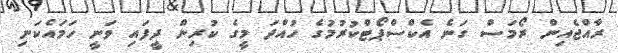
ރާއްޖެއިން ރޯމަސް ގަނެ އެކްސްޕޯޓްކުރުމުގެ ހުއްދަ މީގެ ކުރިން ދީފައި ވަނީ ހަމައެކަނި